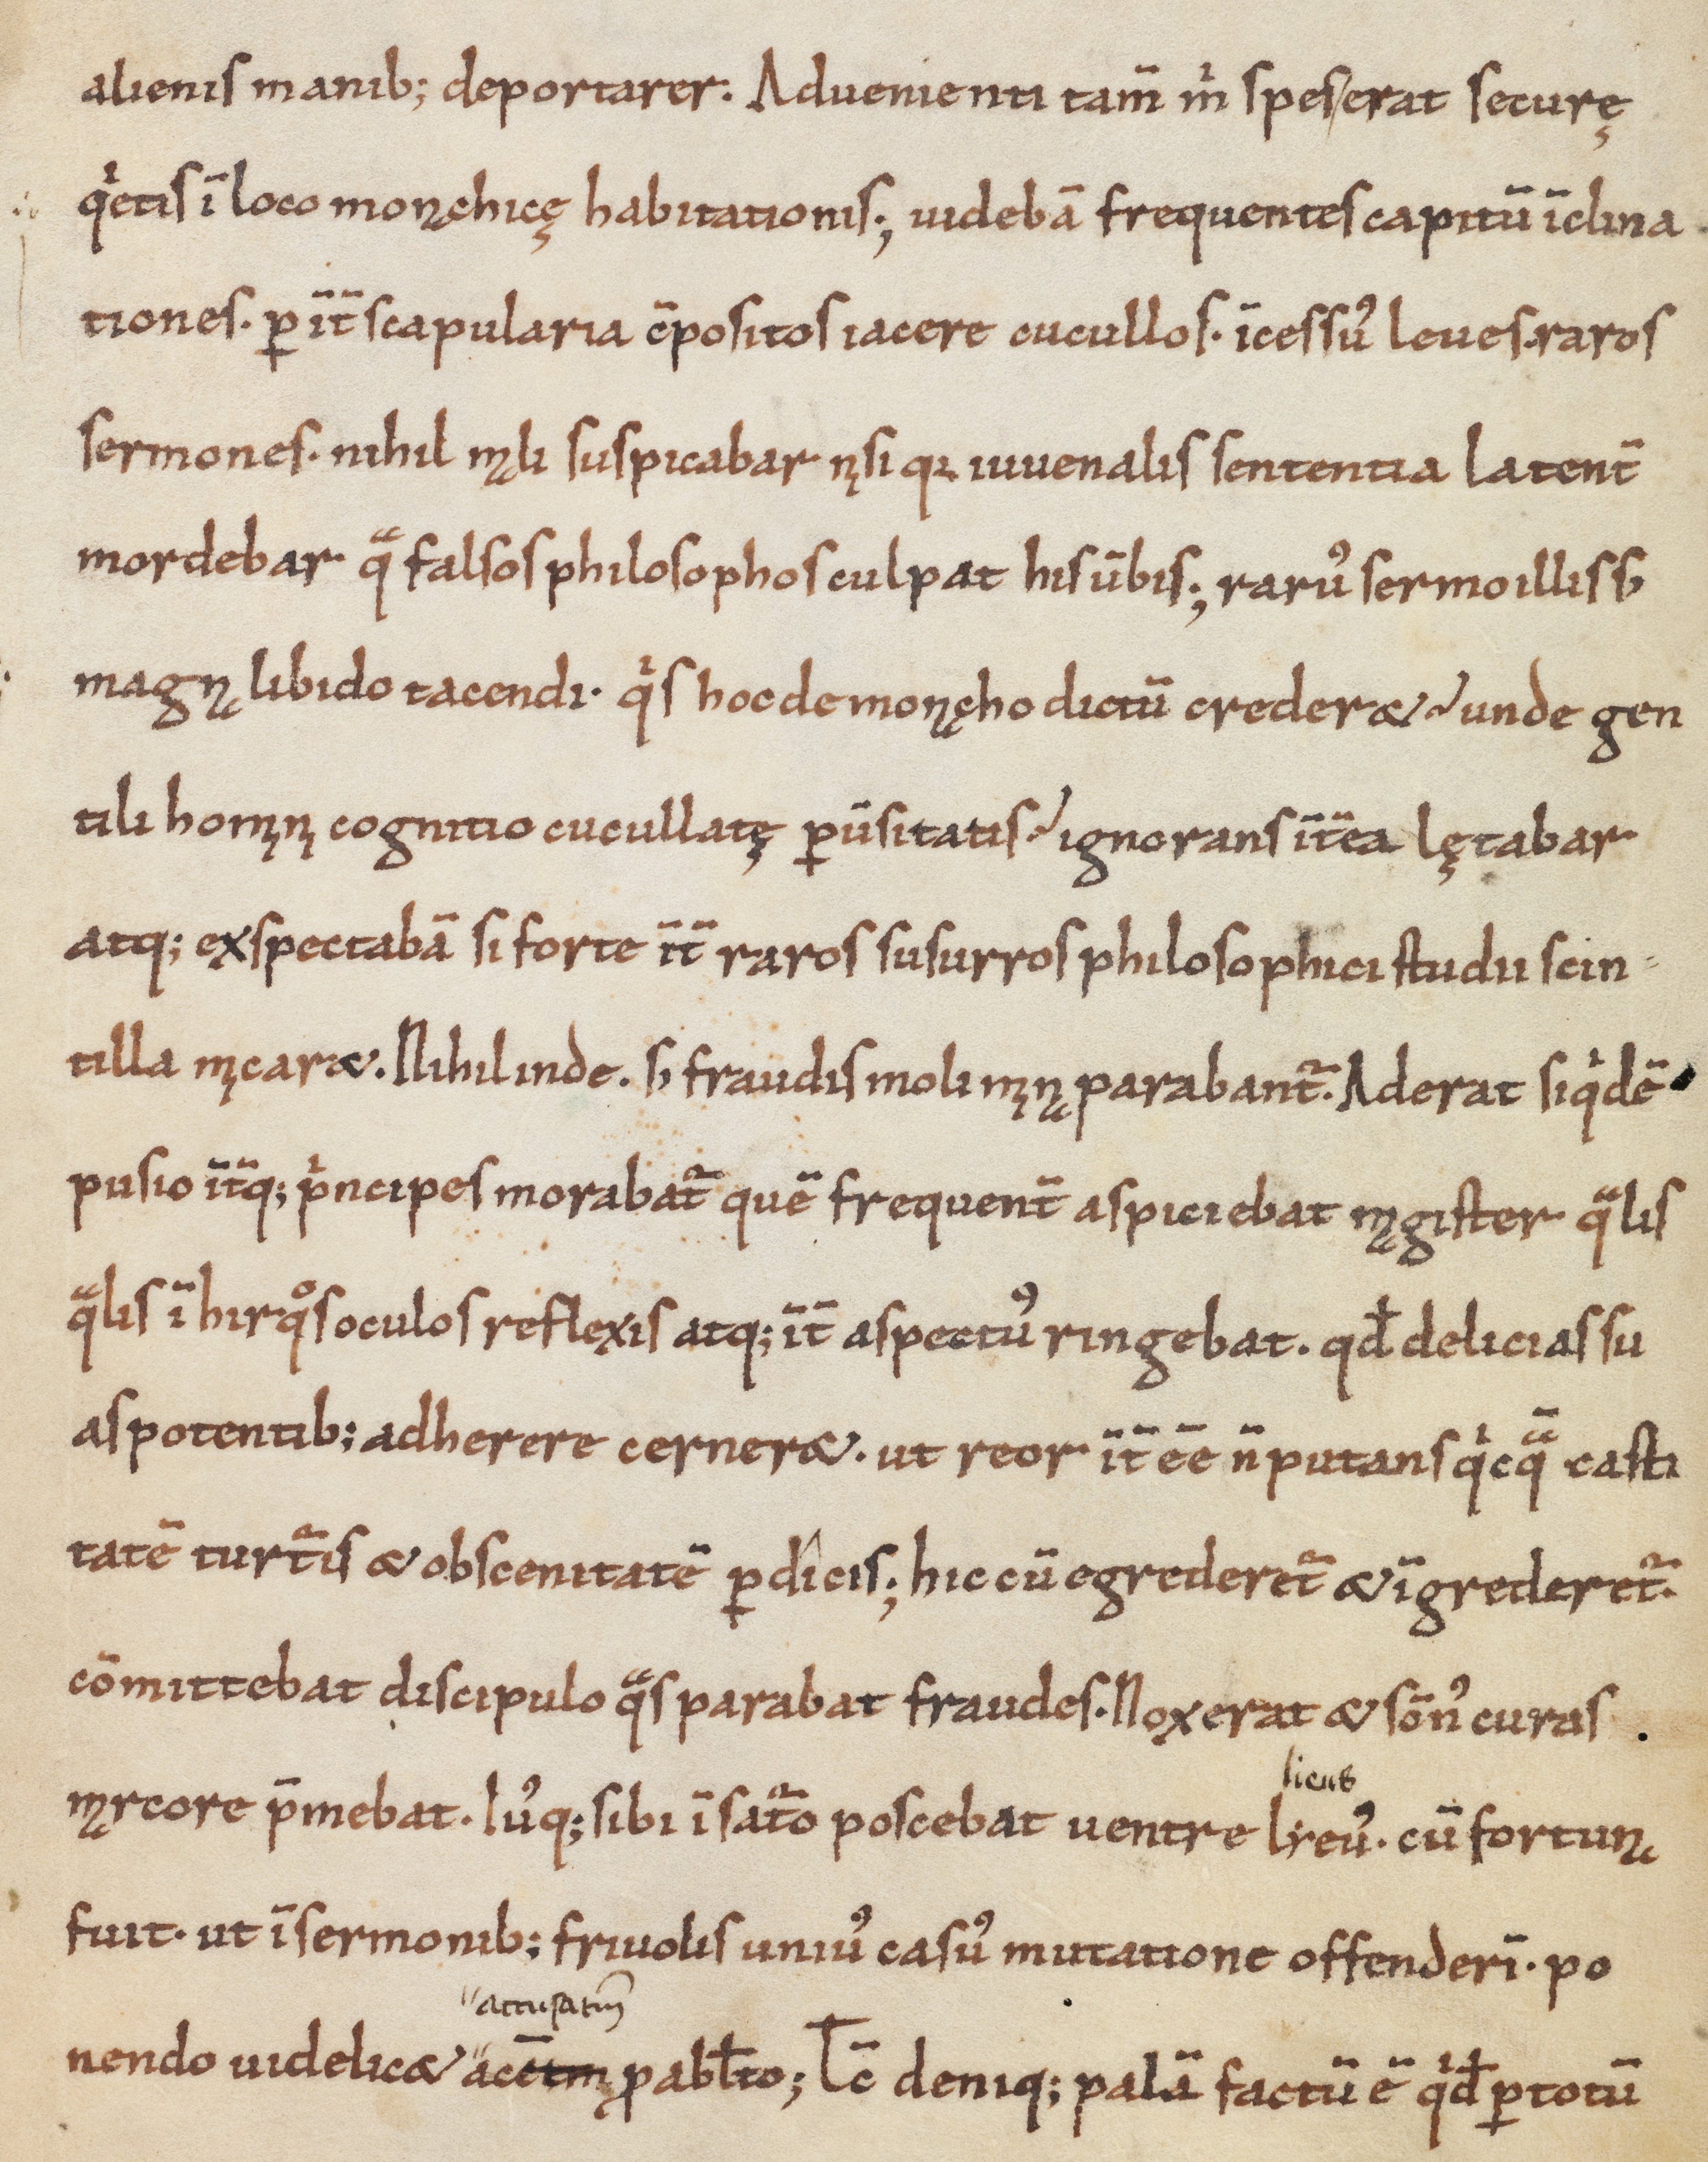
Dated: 1100–1099